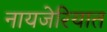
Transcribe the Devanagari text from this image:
नायजेरियात